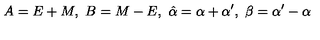
A = E + { M } , \ B = { M } - E , \ \hat { \alpha } = \alpha + \alpha ^ { \prime } , \ \beta = \alpha ^ { \prime } - \alpha